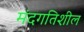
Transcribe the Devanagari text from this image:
मंदगतिशील